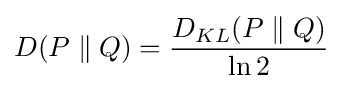
D(P\parallel Q)={\frac {D_{KL}(P\parallel Q)}{\ln 2}}